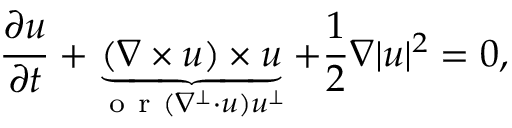
\frac { \partial u } { \partial t } + \underbrace { ( \nabla \times u ) \times u } _ { \mathrm { ~ o ~ r ~ } ( \nabla ^ { \perp } \cdot u ) u ^ { \perp } } + \frac { 1 } { 2 } \nabla | u | ^ { 2 } = 0 ,